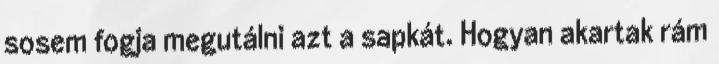
sosem fogja megutálni azt a sapkát. Hogyan akartak rám